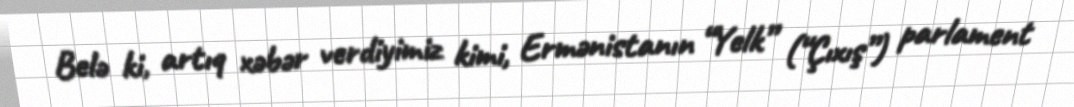
Belə ki, artıq xəbər verdiyimiz kimi, Ermənistanın “Yelk” (“Çıxış”) parlament